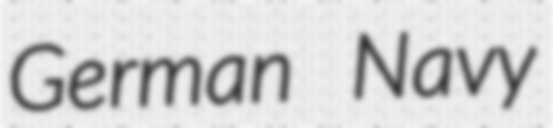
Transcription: German Navy